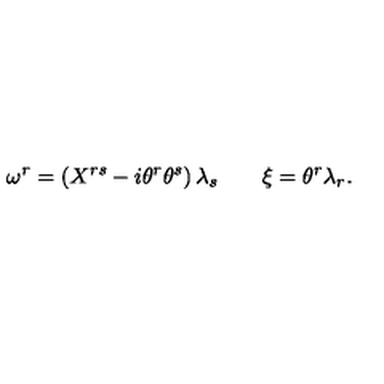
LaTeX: \omega ^ { r } = \left( X ^ { r s } - i \theta ^ { r } \theta ^ { s } \right) \lambda _ { s } \qquad \xi = \theta ^ { r } \lambda _ { r } .